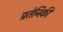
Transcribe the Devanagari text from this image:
प्रतेनिकी